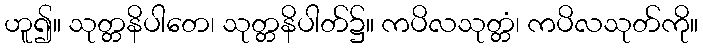
ဟူ၍။ သုတ္တနိပါတေ၊ သုတ္တနိပါတ်၌။ ကပိလသုတ္တံ၊ ကပိလသုတ်ကို။